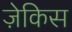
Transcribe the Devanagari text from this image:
ज़ेकिस